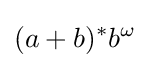
(a+b)^{*}b^{\omega }